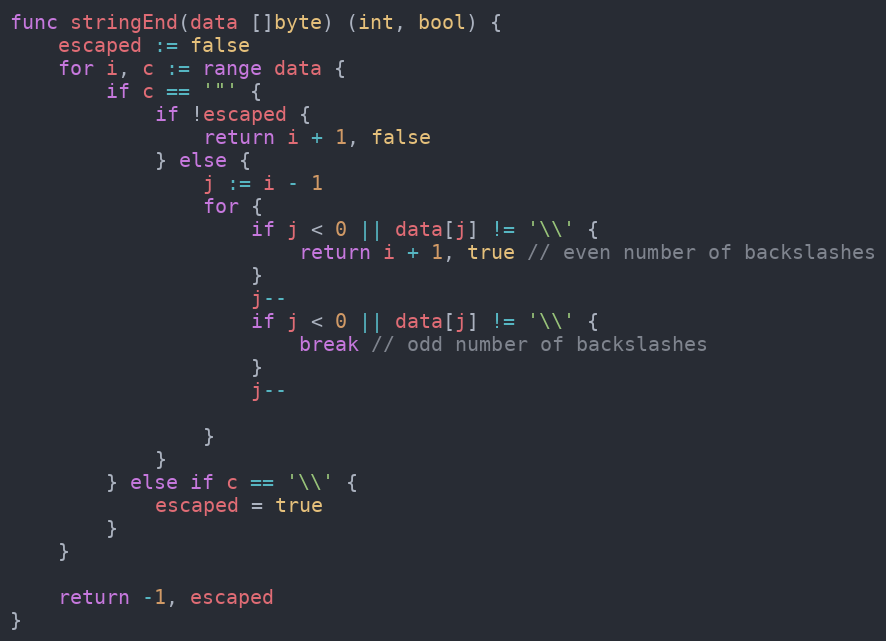
Language: Go
func stringEnd(data []byte) (int, bool) {
	escaped := false
	for i, c := range data {
		if c == '"' {
			if !escaped {
				return i + 1, false
			} else {
				j := i - 1
				for {
					if j < 0 || data[j] != '\\' {
						return i + 1, true // even number of backslashes
					}
					j--
					if j < 0 || data[j] != '\\' {
						break // odd number of backslashes
					}
					j--

				}
			}
		} else if c == '\\' {
			escaped = true
		}
	}

	return -1, escaped
}